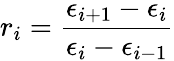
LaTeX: r_{i}=\frac{\epsilon_{i+1}-\epsilon_{i}}{\epsilon_{i}-\epsilon_{i-1}}